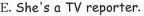
E. She's a TV reporter.